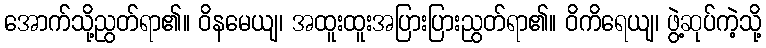
အောက်သို့ညွတ်ရာ၏။ ဝိနမေယျ၊ အထူးထူးအပြားပြားညွတ်ရာ၏။ ဝိကိရေယျ၊ ဖွဲ့ဆုပ်ကဲ့သို့